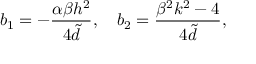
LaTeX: b _ { 1 } = - \frac { \alpha \beta h ^ { 2 } } { 4 { \tilde { d } } } , ~ ~ ~ b _ { 2 } = \frac { \beta ^ { 2 } k ^ { 2 } - 4 } { 4 { \tilde { d } } } ,